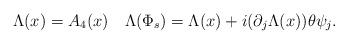
LaTeX: \begin{align*}\Lambda (x)=A_{4}(x) \quad \Lambda (\Phi _{s})=\Lambda (x) +i(\partial_{j}\Lambda (x))\theta \psi _{j}.\end{align*}